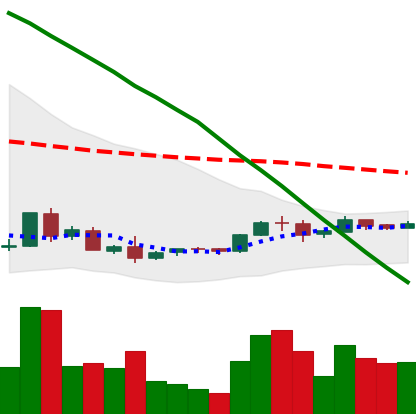
Ticker: ADA-USD
Chart end date: 2018-09-04
Forward return: -27.19%
Label: down_7plus